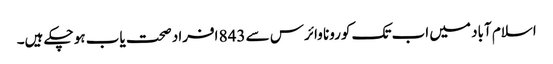
اسلام آباد میں اب تک کورونا وائرس سے 843 افراد صحت یاب ہو چکے ہیں۔